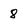
Character: 8